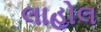
લાહોલ